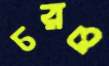
চরও